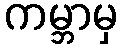
ကမ္ဘာမှ